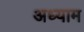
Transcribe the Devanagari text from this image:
अध्याम